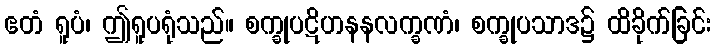
ဧတံ ရူပံ၊ ဤရူပရုံသည်။ စက္ခုပဋိဟနနလက္ခဏံ၊ စက္ခုပသာဒ၌ ထိခိုက်ခြင်း